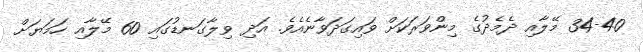
34-40 މޭލާއި ދެމެދުގެ މިންވަރަކަށް ވައިގަދަވާނެއެވެ. އަދި ވިލާގަނޑުގައި 60 މޭލާއި ހަމަޔަށް